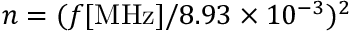
n = ( f \mathrm { [ M H z ] } / 8 . 9 3 \times 1 0 ^ { - 3 } ) ^ { 2 }